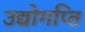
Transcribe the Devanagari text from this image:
उद्योगप्ति